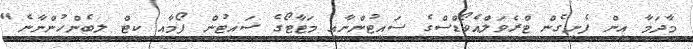
މާދަމާ އިން ފެށިގެން ޓްރެވަލްއެވޯޑްސްގެ ސައިޓުންނާއި މަޓާޓޯގެ ސައިޓުން ފޯމާއި ކިޓް ލިބެންހުންނާނެ"